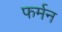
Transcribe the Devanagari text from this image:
फर्मन